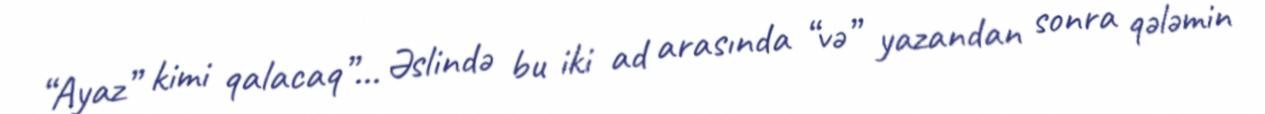
“Ayaz” kimi qalacaq”... Əslində bu iki ad arasında “və” yazandan sonra qələmin